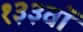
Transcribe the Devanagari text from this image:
१३३वॉ